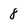
Character: 8